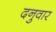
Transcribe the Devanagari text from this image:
दनुवार